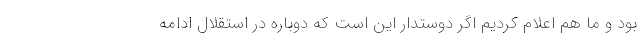
بود و ما هم اعلام کردیم اگر دوستدار این است که دوباره در استقلال ادامه